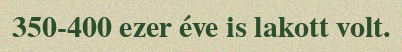
350-400 ezer éve is lakott volt.